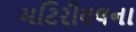
મટિરીયલના